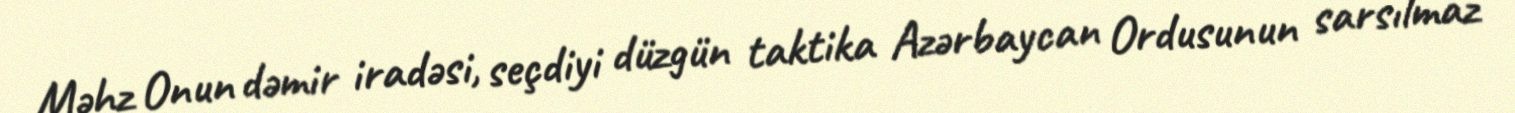
Məhz Onun dəmir iradəsi, seçdiyi düzgün taktika Azərbaycan Ordusunun sarsılmaz